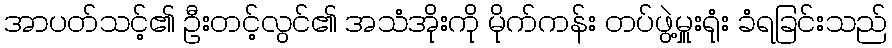
အာပတ်သင့်၏ ဦးတင့်လွင်၏ အသံအိုးကို မိုက်ကန်း တပ်ဖွဲ့မှူးရုံး ခံရခြင်းသည်